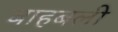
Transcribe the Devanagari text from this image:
बाहबली